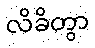
လိခိတွာ